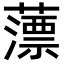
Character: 薸